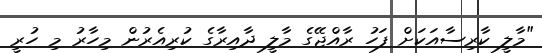
"މާލީ ކާރިސާއަކަށް ފަހު ރާއްޖޭގެ މާލީ ދާއިރާގެ ކުރިއެރުން މިހާރު މި ހުރީ